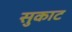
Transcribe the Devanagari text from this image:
सुकाट